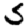
Digit: 5